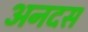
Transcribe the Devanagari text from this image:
अनदस